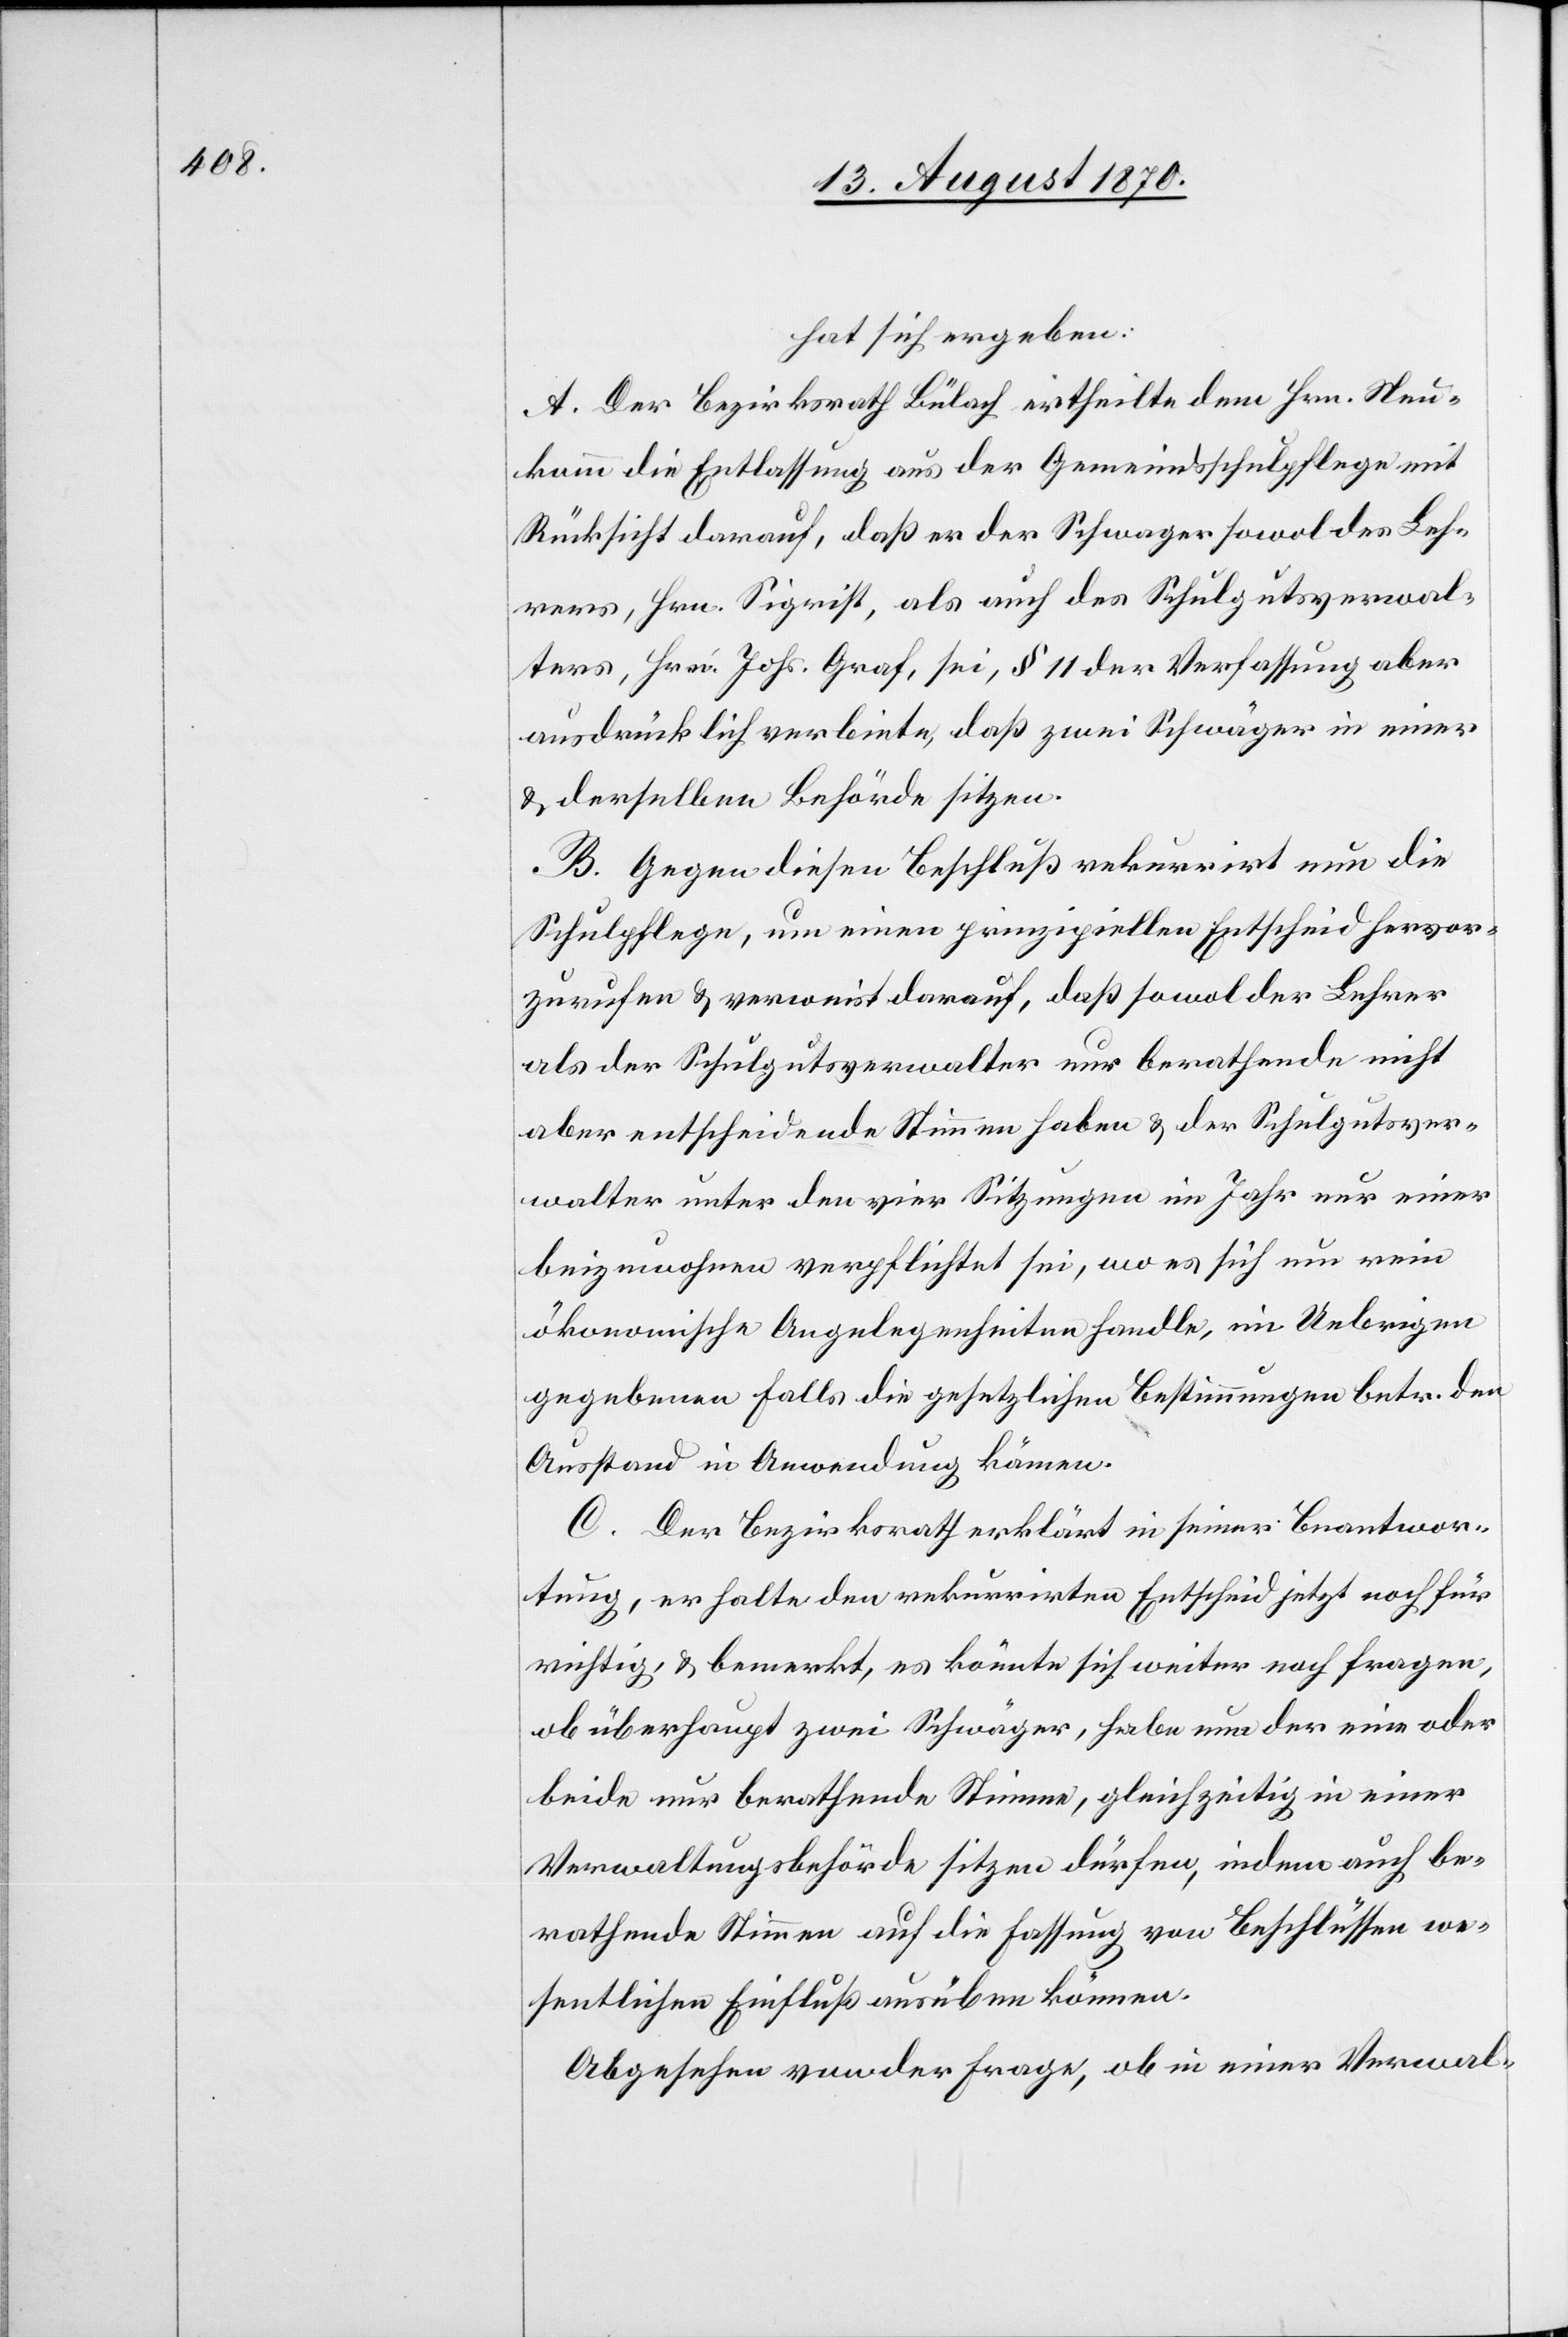
hat sich ergeben:
A. Der Bezirksrath Bülach ertheilte dem Hrn. Neu¬
komm die Entlassung aus der Gemeindsschulpflege mit
Rücksicht darauf, daß der Schwager sowol des Leh¬
rers, Hrn. Sigrist, als auch des Schulgutsverwal¬
ters, Hrn. Johs. Graf, sei, § 11 der Verfassung aber
ausdrücklich verbiete, daß zwei Schwäger in einer
& derselben Behörde sitzen.
B. Gegen diesen Beschluß rekurrirt nun die
Schulpflege, um einen prinzipiellen Entscheid hervor¬
zurufen & verweist darauf, daß sowol der Lehrer
als der Schulgutsverwalter nur berathende nicht
aber entscheidende Stimmen haben & der Schulgutsver¬
walter unter den vier Sitzungen im Jahr nur einer
beizuwohnen verpflichtet sei, wo es sich um rein
ökonomische Angelegenheiten handle, im Uebrigen
gegebenen Falls die gesetzlichen Bestimmungen betr. den
Ausstand in Anwendung kämen.
C. Der Bezirksrath erklärt in seiner Beantwor¬
tung, er halte den rekurrirten Entscheid jetzt noch für
richtig, & bemerkt, es könnte sich weiter noch fragen,
ob überhaupt zwei Schwäger, habe nun der eine oder
beide nur berathende Stimme, gleichzeitig in einer
Verwaltungsbehörde sitzen dürfen, indem auch be¬
rathende Stimmen auf die Fassung von Beschlüssen we¬
sentlichen Einfluß ausüben können.
Abgesehen von der Frage, ob in einer Verwal-